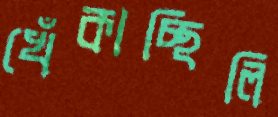
খেঁকাচ্ছিলি